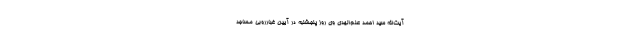
آیت‌الله سید احمد علم‌الهدی وی روز پنجشنبه در آیین غبارروبی مساجد